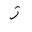
Letter: _zay